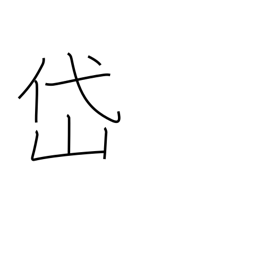
Meaning: Taishan